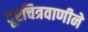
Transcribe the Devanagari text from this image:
दूरचित्रवाणीने